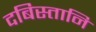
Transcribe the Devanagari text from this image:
दबिस्तानि